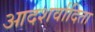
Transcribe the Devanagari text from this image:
आदशर्वादिता